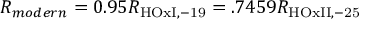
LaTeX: R _ { m o d e r n } = 0 . 9 5 R _ { \mathrm { H O x I , - 1 9 } } = . 7 4 5 9 R _ { \mathrm { H O x I I , - 2 5 } }